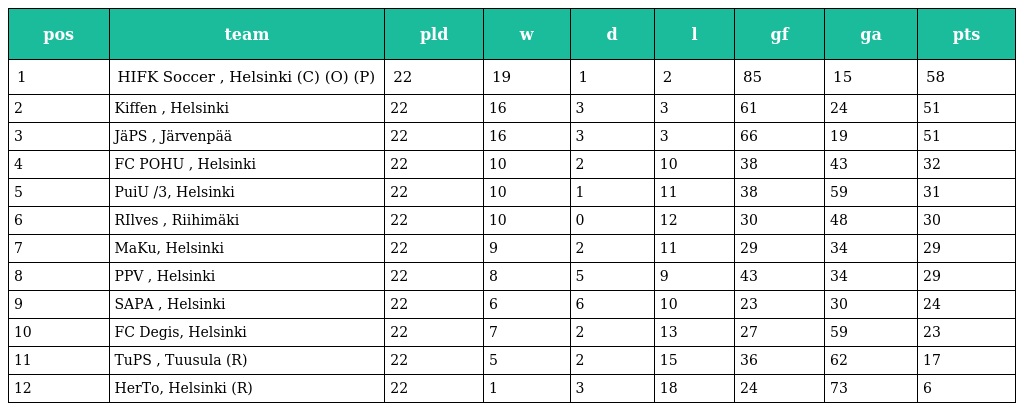
| pos | team | pld | w | d | l | gf | ga | pts |
 | --- | --- | --- | --- | --- | --- | --- | --- | --- |
 | 1 | HIFK Soccer , Helsinki (C) (O) (P) | 22 | 19 | 1 | 2 | 85 | 15 | 58 |
 | 2 | Kiffen , Helsinki | 22 | 16 | 3 | 3 | 61 | 24 | 51 |
 | 3 | JäPS , Järvenpää | 22 | 16 | 3 | 3 | 66 | 19 | 51 |
 | 4 | FC POHU , Helsinki | 22 | 10 | 2 | 10 | 38 | 43 | 32 |
 | 5 | PuiU /3, Helsinki | 22 | 10 | 1 | 11 | 38 | 59 | 31 |
 | 6 | RIlves , Riihimäki | 22 | 10 | 0 | 12 | 30 | 48 | 30 |
 | 7 | MaKu, Helsinki | 22 | 9 | 2 | 11 | 29 | 34 | 29 |
 | 8 | PPV , Helsinki | 22 | 8 | 5 | 9 | 43 | 34 | 29 |
 | 9 | SAPA , Helsinki | 22 | 6 | 6 | 10 | 23 | 30 | 24 |
 | 10 | FC Degis, Helsinki | 22 | 7 | 2 | 13 | 27 | 59 | 23 |
 | 11 | TuPS , Tuusula (R) | 22 | 5 | 2 | 15 | 36 | 62 | 17 |
 | 12 | HerTo, Helsinki (R) | 22 | 1 | 3 | 18 | 24 | 73 | 6 |